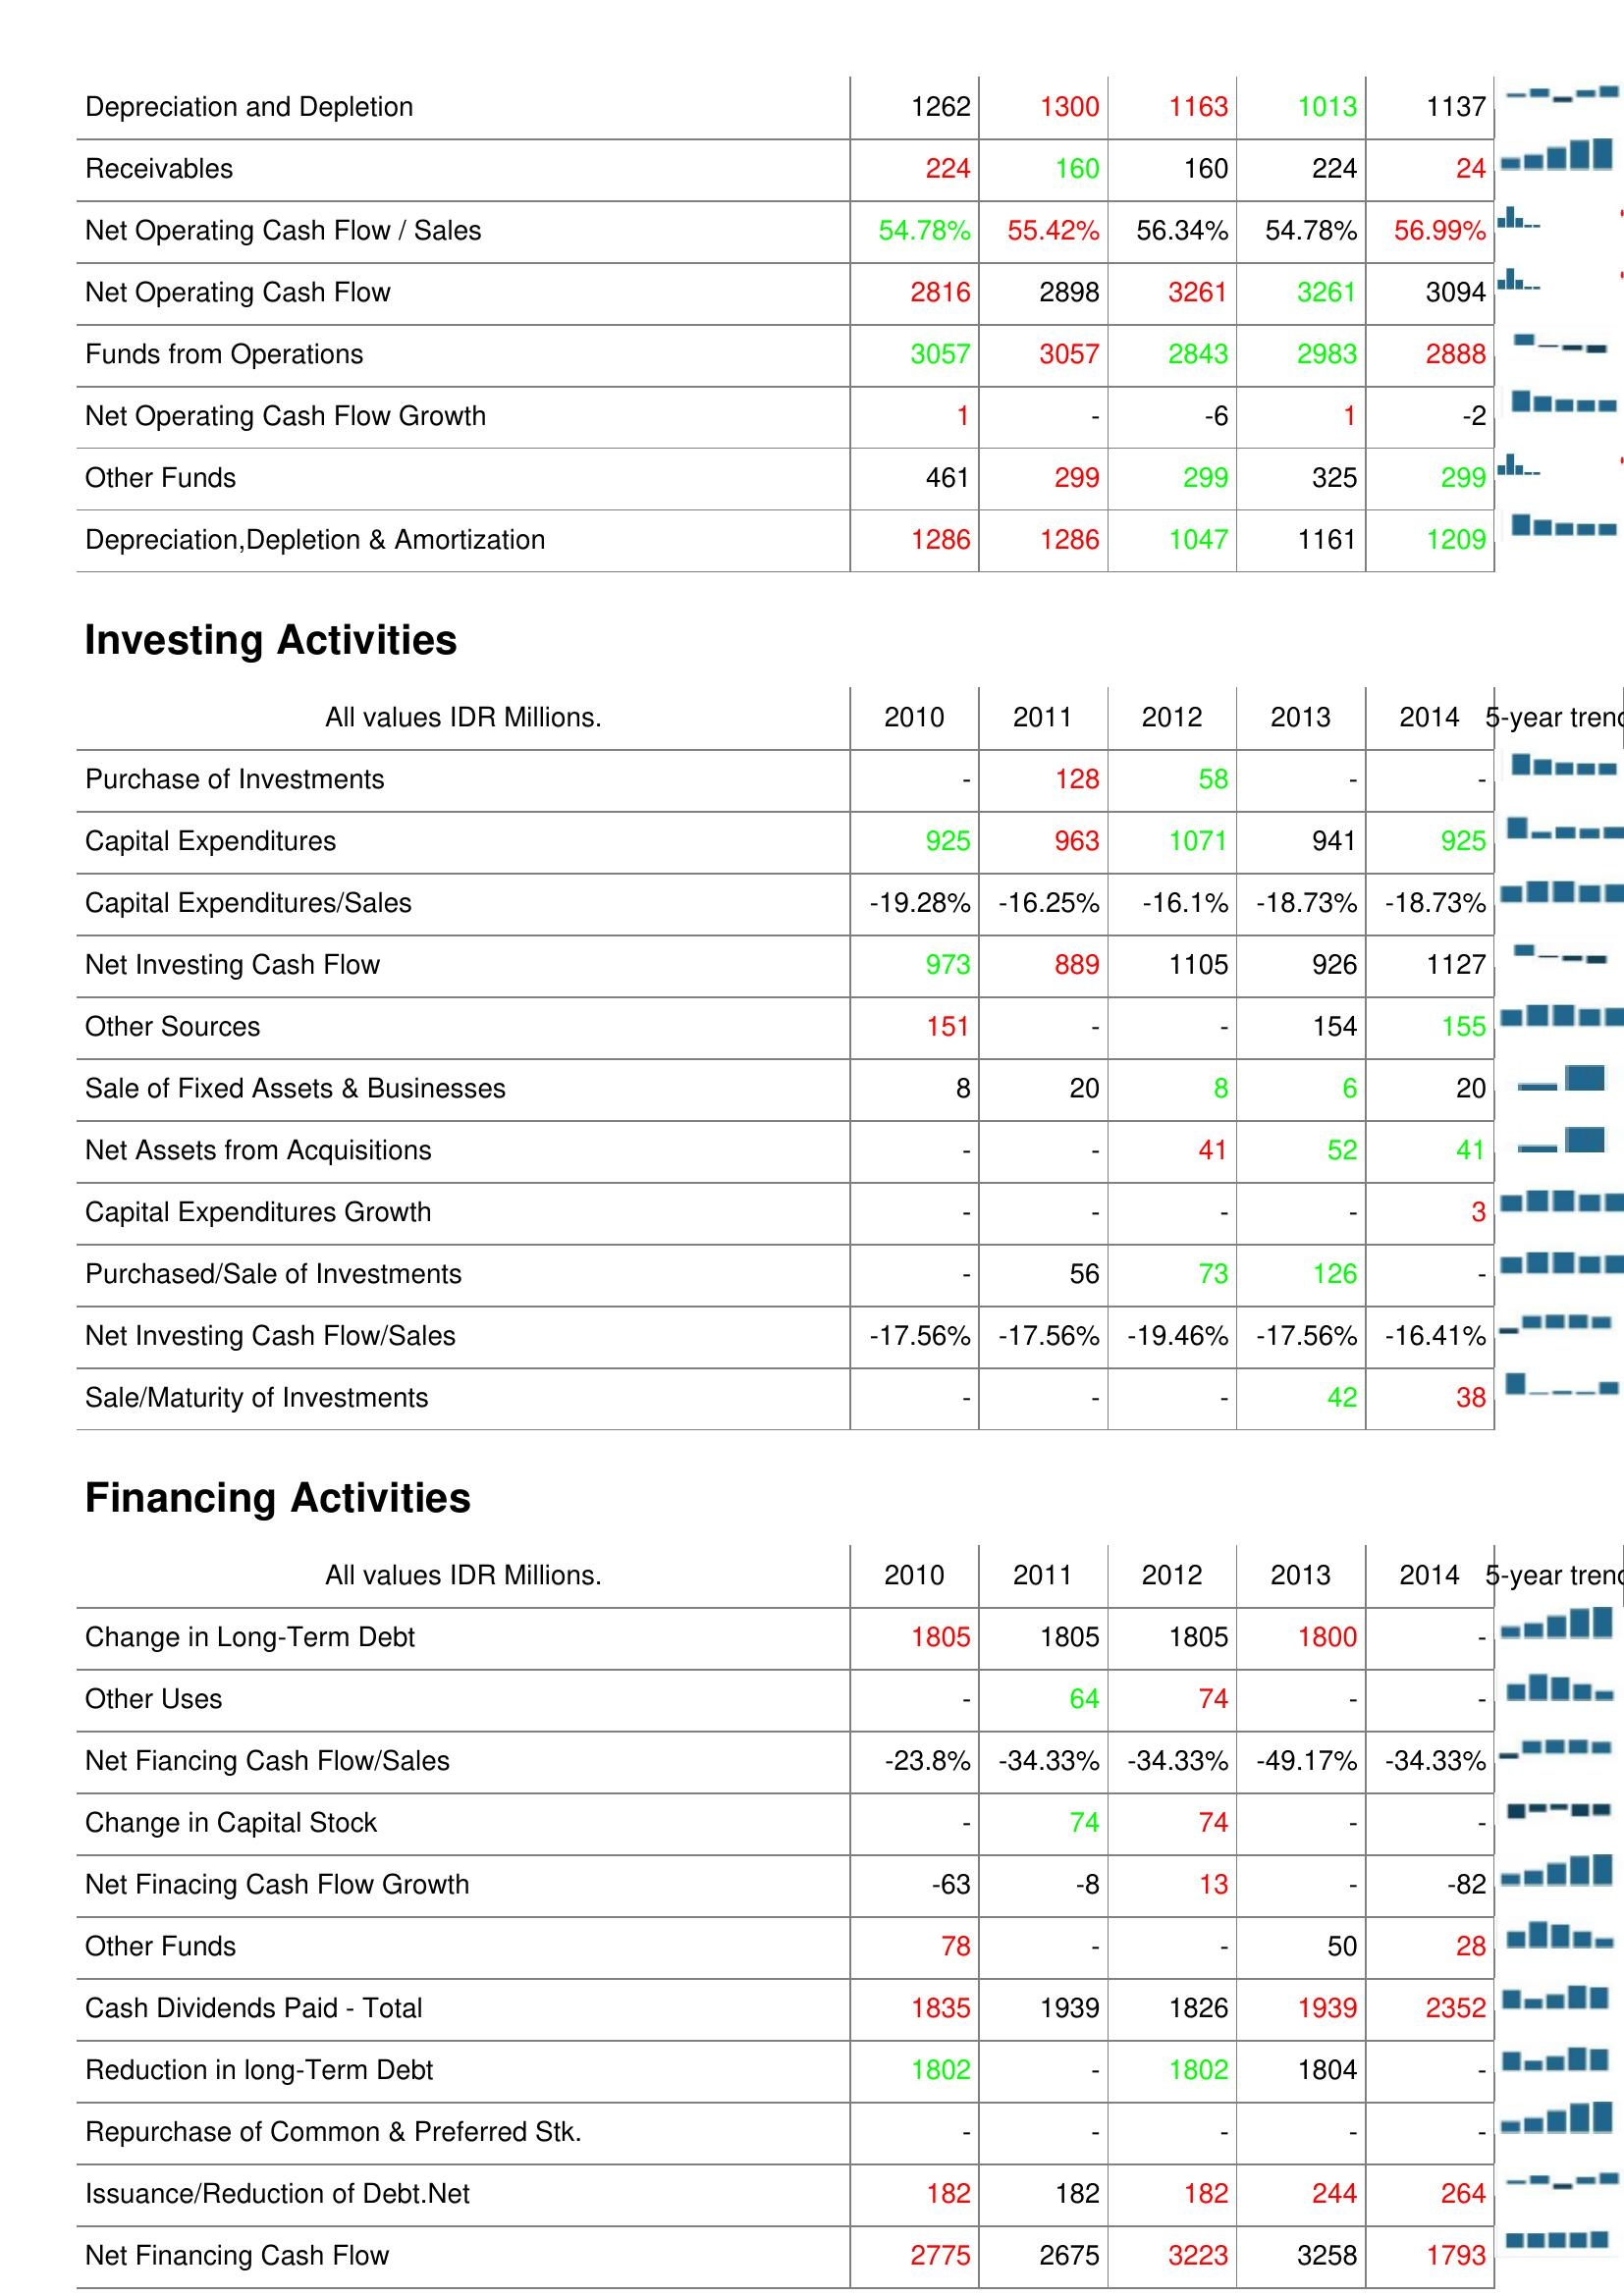
2010: Operating Activities: Depreciation and Depletion: 1262
Receivables: 224
Net Operating Cash Flow / Sales: 54.78%
Net Operating Cash Flow: 2816
Funds from Operations: 3057
Net Operating Cash Flow Growth: 1
Other Funds: 461
Depreciation,Depletion & Amortization: 1286
Investing Activities: Purchase of Investments: -
Capital Expenditures: 925
Capital Expenditures/Sales: -19.28%
Net Investing Cash Flow: 973
Other Sources: 151
Sale of Fixed Assets & Businesses: 8
Net Assets from Acquisitions: -
Capital Expenditures Growth: -
Purchased/Sale of Investments: -
Net Investing Cash Flow/Sales: -17.56%
Sale/Maturity of Investments: -
Financing Activities: Change in Long-Term Debt: 1805
Other Uses: -
Net Fiancing Cash Flow/Sales: -23.8%
Change in Capital Stock: -
Net Finacing Cash Flow Growth: -63
Other Funds: 78
Cash Dividends Paid - Total: 1835
Reduction in long-Term Debt: 1802
Repurchase of Common & Preferred Stk.: -
Issuance/Reduction of Debt.Net: 182
Net Financing Cash Flow: 2775
2011: Operating Activities: Depreciation and Depletion: 1300
Receivables: 160
Net Operating Cash Flow / Sales: 55.42%
Net Operating Cash Flow: 2898
Funds from Operations: 3057
Net Operating Cash Flow Growth: -
Other Funds: 299
Depreciation,Depletion & Amortization: 1286
Investing Activities: Purchase of Investments: 128
Capital Expenditures: 963
Capital Expenditures/Sales: -16.25%
Net Investing Cash Flow: 889
Other Sources: -
Sale of Fixed Assets & Businesses: 20
Net Assets from Acquisitions: -
Capital Expenditures Growth: -
Purchased/Sale of Investments: 56
Net Investing Cash Flow/Sales: -17.56%
Sale/Maturity of Investments: -
Financing Activities: Change in Long-Term Debt: 1805
Other Uses: 64
Net Fiancing Cash Flow/Sales: -34.33%
Change in Capital Stock: 74
Net Finacing Cash Flow Growth: -8
Other Funds: -
Cash Dividends Paid - Total: 1939
Reduction in long-Term Debt: -
Repurchase of Common & Preferred Stk.: -
Issuance/Reduction of Debt.Net: 182
Net Financing Cash Flow: 2675
2012: Operating Activities: Depreciation and Depletion: 1163
Receivables: 160
Net Operating Cash Flow / Sales: 56.34%
Net Operating Cash Flow: 3261
Funds from Operations: 2843
Net Operating Cash Flow Growth: -6
Other Funds: 299
Depreciation,Depletion & Amortization: 1047
Investing Activities: Purchase of Investments: 58
Capital Expenditures: 1071
Capital Expenditures/Sales: -16.1%
Net Investing Cash Flow: 1105
Other Sources: -
Sale of Fixed Assets & Businesses: 8
Net Assets from Acquisitions: 41
Capital Expenditures Growth: -
Purchased/Sale of Investments: 73
Net Investing Cash Flow/Sales: -19.46%
Sale/Maturity of Investments: -
Financing Activities: Change in Long-Term Debt: 1805
Other Uses: 74
Net Fiancing Cash Flow/Sales: -34.33%
Change in Capital Stock: 74
Net Finacing Cash Flow Growth: 13
Other Funds: -
Cash Dividends Paid - Total: 1826
Reduction in long-Term Debt: 1802
Repurchase of Common & Preferred Stk.: -
Issuance/Reduction of Debt.Net: 182
Net Financing Cash Flow: 3223
2013: Operating Activities: Depreciation and Depletion: 1013
Receivables: 224
Net Operating Cash Flow / Sales: 54.78%
Net Operating Cash Flow: 3261
Funds from Operations: 2983
Net Operating Cash Flow Growth: 1
Other Funds: 325
Depreciation,Depletion & Amortization: 1161
Investing Activities: Purchase of Investments: -
Capital Expenditures: 941
Capital Expenditures/Sales: -18.73%
Net Investing Cash Flow: 926
Other Sources: 154
Sale of Fixed Assets & Businesses: 6
Net Assets from Acquisitions: 52
Capital Expenditures Growth: -
Purchased/Sale of Investments: 126
Net Investing Cash Flow/Sales: -17.56%
Sale/Maturity of Investments: 42
Financing Activities: Change in Long-Term Debt: 1800
Other Uses: -
Net Fiancing Cash Flow/Sales: -49.17%
Change in Capital Stock: -
Net Finacing Cash Flow Growth: -
Other Funds: 50
Cash Dividends Paid - Total: 1939
Reduction in long-Term Debt: 1804
Repurchase of Common & Preferred Stk.: -
Issuance/Reduction of Debt.Net: 244
Net Financing Cash Flow: 3258
2014: Operating Activities: Depreciation and Depletion: 1137
Receivables: 24
Net Operating Cash Flow / Sales: 56.99%
Net Operating Cash Flow: 3094
Funds from Operations: 2888
Net Operating Cash Flow Growth: -2
Other Funds: 299
Depreciation,Depletion & Amortization: 1209
Investing Activities: Purchase of Investments: -
Capital Expenditures: 925
Capital Expenditures/Sales: -18.73%
Net Investing Cash Flow: 1127
Other Sources: 155
Sale of Fixed Assets & Businesses: 20
Net Assets from Acquisitions: 41
Capital Expenditures Growth: 3
Purchased/Sale of Investments: -
Net Investing Cash Flow/Sales: -16.41%
Sale/Maturity of Investments: 38
Financing Activities: Change in Long-Term Debt: -
Other Uses: -
Net Fiancing Cash Flow/Sales: -34.33%
Change in Capital Stock: -
Net Finacing Cash Flow Growth: -82
Other Funds: 28
Cash Dividends Paid - Total: 2352
Reduction in long-Term Debt: -
Repurchase of Common & Preferred Stk.: -
Issuance/Reduction of Debt.Net: 264
Net Financing Cash Flow: 1793